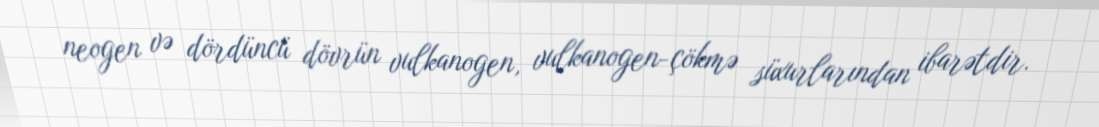
neogen və dördüncü dövrün vulkanogen, vulkanogen-çökmə süxurlarından ibarətdir.